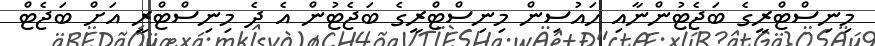
މިނިސްޓްރީގެ ބަޖެޓުންނާއި ހައުސިން މިނިސްޓްރީގެ ބަޖެޓުން އެ ދެ މިނިސްޓްރީ އަށް ބަޖެޓް